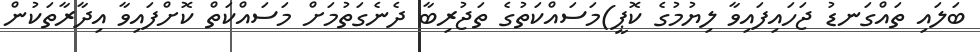
ބަލައި ތައްގަނޑު ޖަހައިފައިވާ ލިޔުމުގެ ކޮޕީ)މަސައްކަތުގެ ތަޖުރިބާ ދެނެގަތުމަށް މަސައްކަތް ކޮށްފައިވާ އިދާރާތަކުން